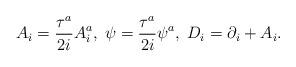
LaTeX: \begin{align*}A_i=\frac{\tau^a}{2i}A_i^a,\; \psi =\frac{\tau^a}{2i}\psi^a,\;D_i=\partial_i+A_i.\end{align*}